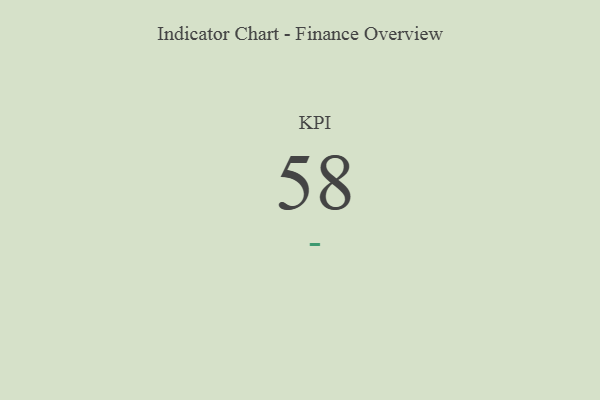
{"axis": {"x": "KPI", "y": "Value"}, "legend": [""], "data": [{"x": "KPI", "y": 58, "type": ""}]}